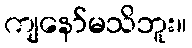
ကျနော်မသိဘူး။